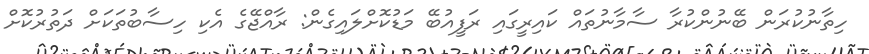
ހިތާނުކުރަން ބޭނުންކުރާ ސާމާނުތައް ކައިރީގައި ރަފީއުބޭ މަޑުކޮށްލައިގެން: ރާއްޖޭގެ އެކި ހިސާބުތަކަށް ދަތުރުކޮށް